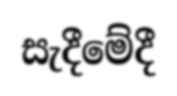
සැදීමේදී